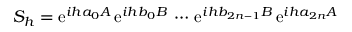
S _ { h } = \ensuremath { \mathrm { e } } ^ { i h a _ { 0 } A } \, \ensuremath { \mathrm { e } } ^ { i h b _ { 0 } B } \, \cdots \, \ensuremath { \mathrm { e } } ^ { i h b _ { 2 n - 1 } B } \, \ensuremath { \mathrm { e } } ^ { i h a _ { 2 n } A }